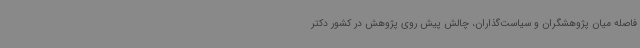
فاصله میان پژوهشگران و سیاست‌گذاران، چالش پیش روی پژوهش در کشور دکتر